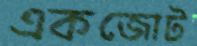
একজোট